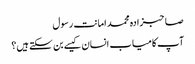
صاحبزادہ محمد امانت رسول
آپ کامیاب انسان کیسے بن سکتے ہیں؟